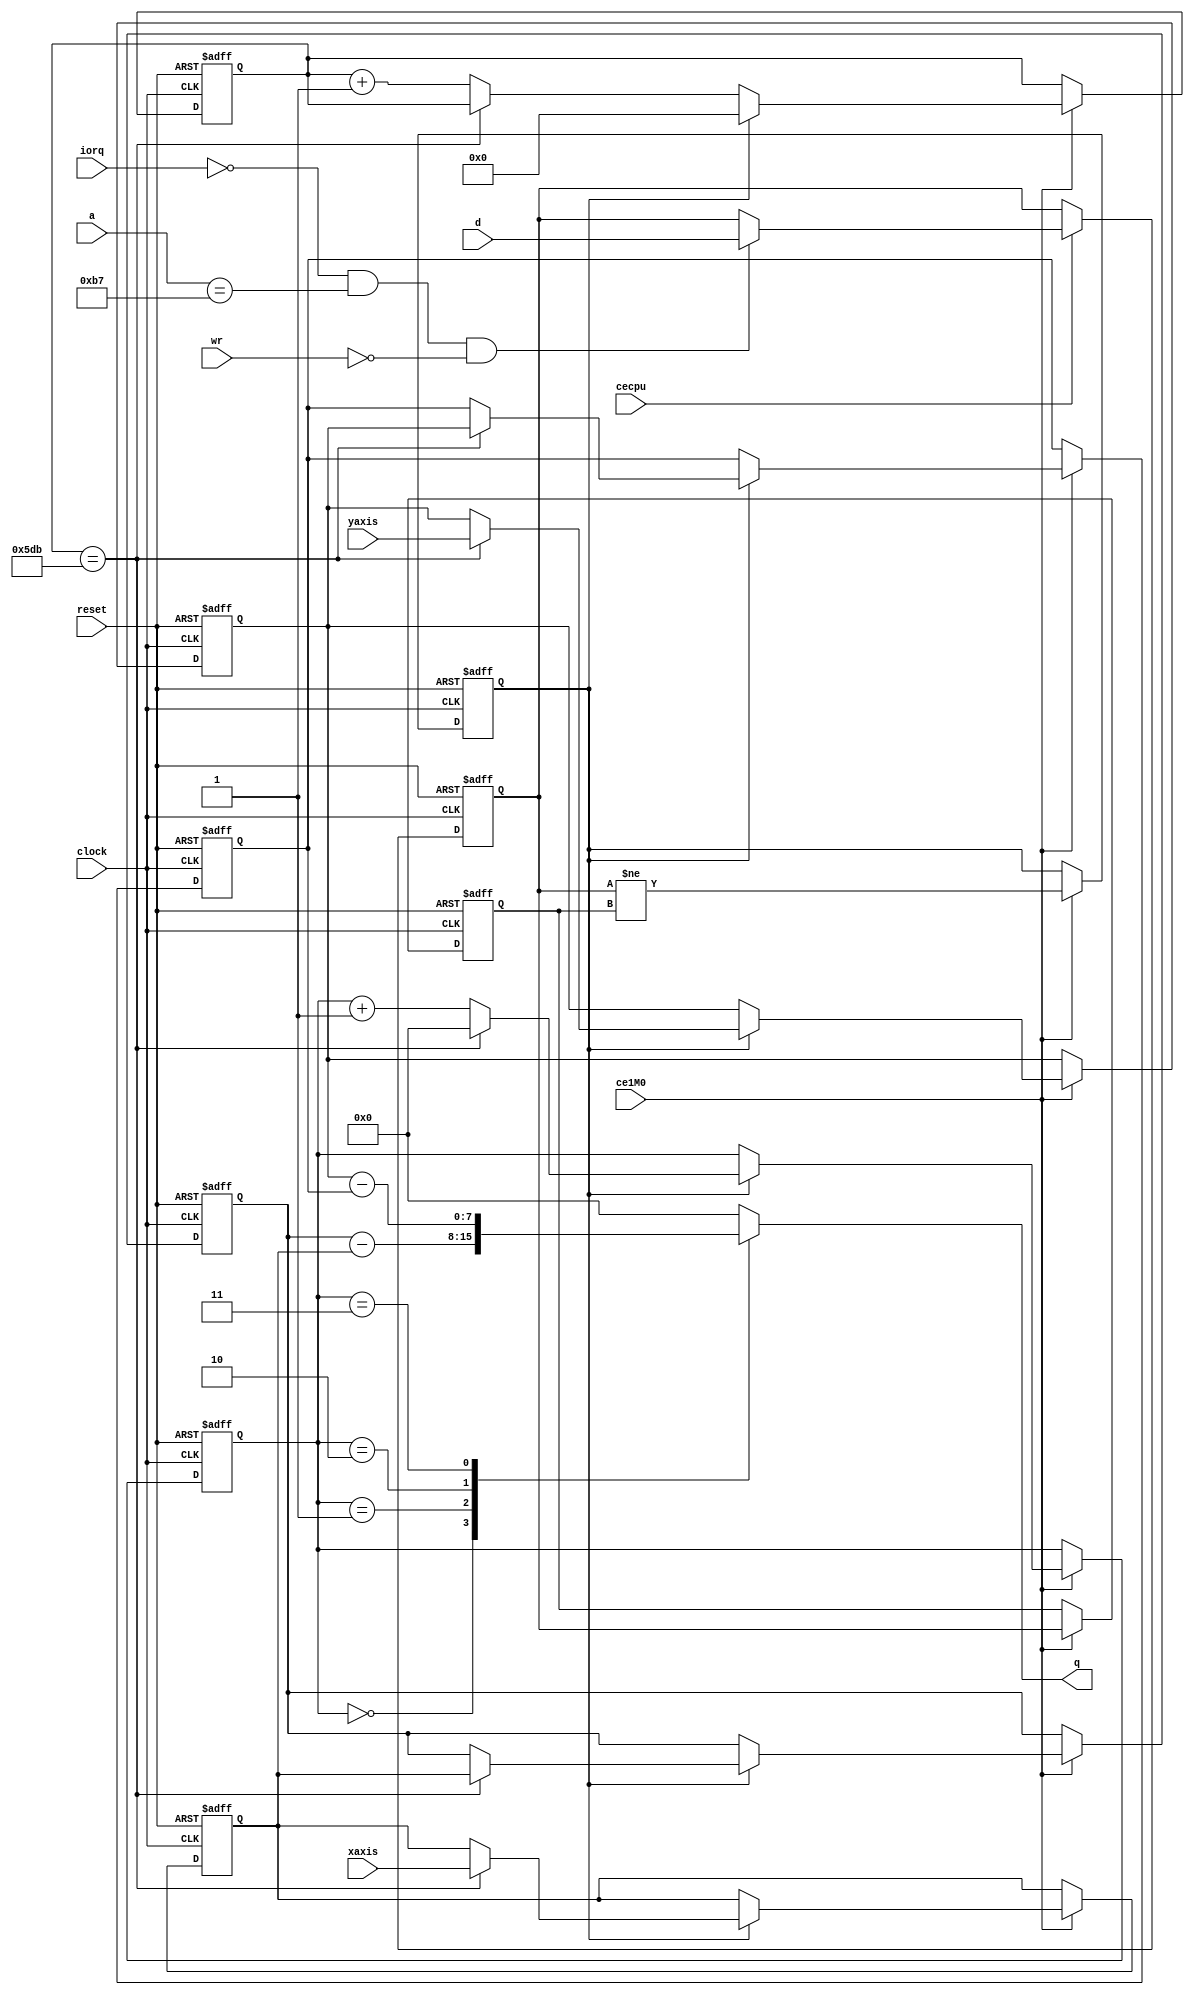
//-------------------------------------------------------------------------------------------------
//  Elan Enterprise mouse
//-------------------------------------------------------------------------------------------------
//  This file is part of the Elan Enterprise FPGA implementation project.
//  Copyright (C) 2023 Kyp069 <kyp069@gmail.com>
//
//  This program is free software; you can redistribute it and/or modify it under the terms 
//  of the GNU General Public License as published by the Free Software Foundation;
//  either version 3 of the License, or (at your option) any later version.
//
//  This program is distributed in the hope that it will be useful, but WITHOUT ANY WARRANTY;
//  without even the implied warranty of MERCHANTABILITY or FITNESS FOR A PARTICULAR PURPOSE.
//  See the GNU General Public License for more details.
//
//  You should have received a copy of the GNU General Public License along with this program;
//  if not, If not, see <https://www.gnu.org/licenses/>.
//-------------------------------------------------------------------------------------------------
module mouse
//-------------------------------------------------------------------------------------------------
(
	input  wire       clock,
	input  wire       cecpu,
	input  wire       ce1M0,

	input  wire       reset,
	input  wire       iorq,
	input  wire       wr,
	input  wire[ 7:0] a,
	input  wire[ 1:1] d,
	output reg [ 3:0] q,

	input  wire[ 7:0] xaxis,
	input  wire[ 7:0] yaxis
);
//-------------------------------------------------------------------------------------------------

wire ioB7 = !iorq && a == 8'hB7;

reg mrs;
always @(posedge clock, negedge reset)
	if(!reset) mrs <= 1'b0; else
	if(cecpu) if(ioB7 && !wr) mrs <= d;

reg mrsd, mrsp;
always @(posedge clock, negedge reset)
	if(!reset) { mrsd, mrsp } <= 1'd0; else
	if(ce1M0) begin mrsd <= mrs; mrsp <= mrs != mrsd; end

reg[10:0] mcc;
wire mccrs = mcc == 1499;
always @(posedge clock, negedge reset)
	if(!reset) mcc <= 1'd0; else
	if(ce1M0) if(mrsp) mcc <= 1'd0; else if(!mccrs) mcc <= mcc+1'd1;

reg[3:0] mrg;
always @(posedge clock, negedge reset)
	if(!reset) mrg <= 1'd0; else
	if(ce1M0) if(mrsp) if(mccrs) mrg <= 1'd0; else mrg <= mrg+1'd1;

reg[7:0] mxx1, mxx2;
always @(posedge clock, negedge reset)
	if(!reset) { mxx1, mxx2 } <= 1'd0; else
	if(ce1M0) if(mrsp) if(mccrs) { mxx2, mxx1 } <= { mxx1, xaxis };

reg[7:0] myy1, myy2;
always @(posedge clock, negedge reset)
	if(!reset) { myy1, myy2 } <= 1'd0; else
	if(ce1M0) if(mrsp) if(mccrs) { myy2, myy1 } <= { myy1, yaxis };

wire[7:0] mxx = mxx2-mxx1;
wire[7:0] myy = myy1-myy2;

always @(*)
	case(mrg)
		0: q <= mxx[7:4];
		1: q <= mxx[3:0];
		2: q <= myy[7:4];
		3: q <= myy[3:0];
		default: q <= 4'b0000;
	endcase

//-------------------------------------------------------------------------------------------------
endmodule
//-------------------------------------------------------------------------------------------------